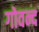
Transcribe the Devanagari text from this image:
गोवन्द